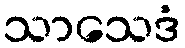
သာသေဒံ